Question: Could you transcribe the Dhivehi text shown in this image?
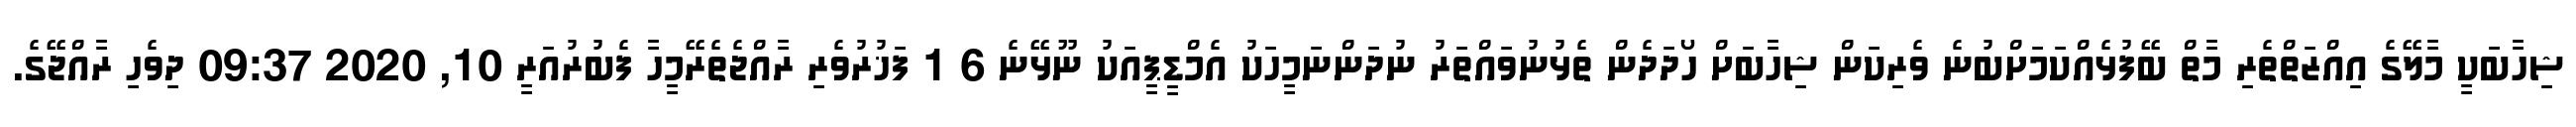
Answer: ޝިހާބަކީ މާލޭގެ އިއްޒަތްތެރި މާތް ބޭފުޅެއްކަމަށްބުނެ ވެރިކަން ޝިހާބަށް ހޯދަދެން ތެޅުނުވައްތަރު ނުދަންނަމީހަކު އެމްޑީޕީއަކު ނޫޅޭނެ 6 1 ފަޚުރުވެރި ރާއްޖެތެރޭމީހާ ފެބުރުއަރީ 10, 2020 09:37 ދިވެހި ރާއްޖޭގެ.